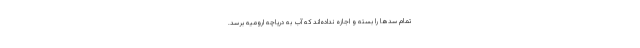
تمام سدها را بسته‌ و اجازه نداده‌اند که آب به دریاچه ارومیه برسد.